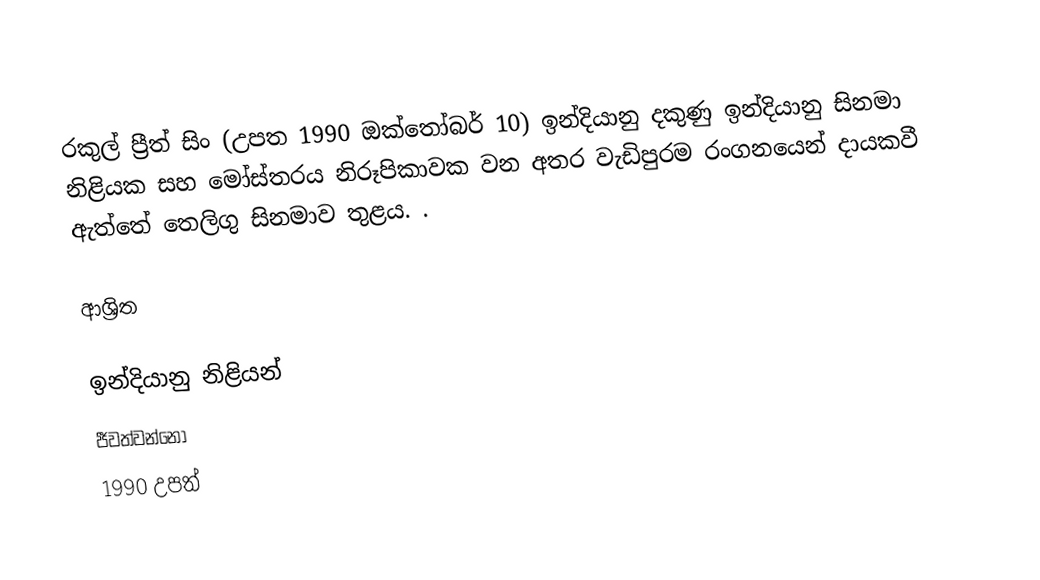
රකුල් ප්‍රීත් සිං (උපත 1990 ඔක්තෝබර් 10) ඉන්දියානු දකුණු ඉන්දියානු සිනමා නිළියක සහ මෝස්තරය නිරූපිකාවක වන අතර වැඩිපුරම රංගනයෙන් දායකවී ඇත්තේ තෙලිගු සිනමාව තුළය. .

ආශ්‍රිත

ඉන්දියානු නිළියන්
ජීවත්වන්නෝ
1990 උපත්